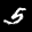
Label: 5